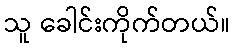
သူ ခေါင်းကိုက်တယ်။